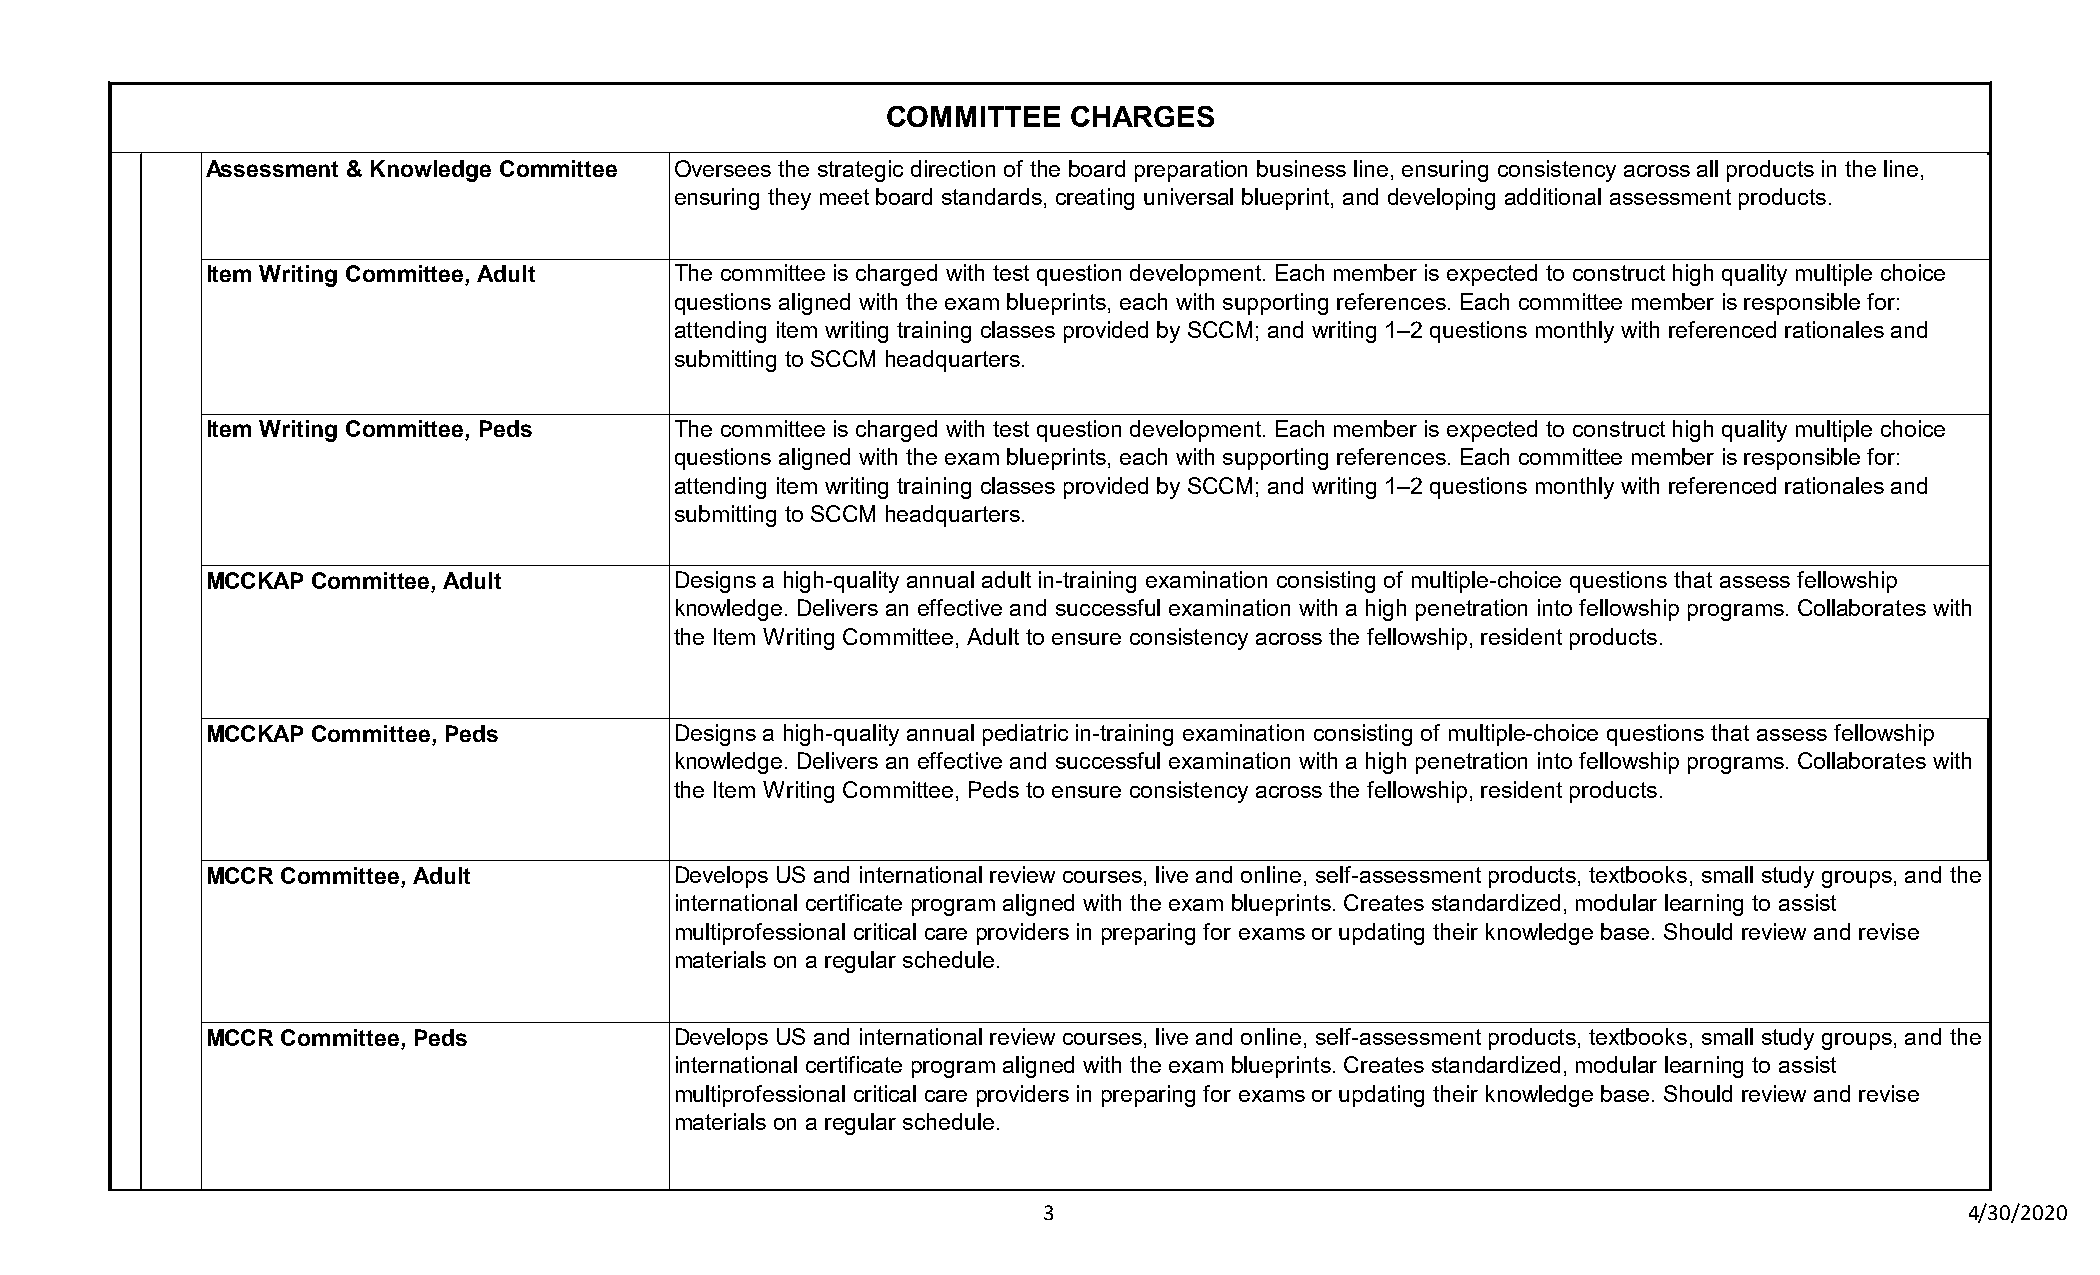
COMMITTEE   CHARGES
 Assessment & Knowledge Committee Oversees the strategic direction of the board preparation business line, ensuring consistency across all products in the line,
 ensuring they meet board standards, creating universal blueprint, and developing additional assessment products.
 Item Writing Committee, Adult  The committee is charged with test question development. Each member is expected to construct high quality multiple choice
 questions aligned with the exam blueprints, each with supporting references. Each committee member is responsible for:
 attending item writing training classes provided by SCCM; and writing 1–2 questions monthly with referenced rationales and
 submitting to SCCM headquarters.
 Item Writing Committee, Peds   The committee is charged with test question development. Each member is expected to construct high quality multiple choice
 questions aligned with the exam blueprints, each with supporting references. Each committee member is responsible for:
 attending item writing training classes provided by SCCM; and writing 1–2 questions monthly with referenced rationales and
 submitting to SCCM headquarters.
 MCCKAP Committee, Adult        Designs a high-quality annual adult in-training examination consisting of multiple-choice questions that assess fellowship
 knowledge. Delivers an effective and successful examination with a high penetration into fellowship programs. Collaborates with
 the Item Writing Committee, Adult to ensure consistency across the fellowship, resident products.
 MCCKAP Committee, Peds         Designs a high-quality annual pediatric in-training examination consisting of multiple-choice questions that assess fellowship
 knowledge. Delivers an effective and successful examination with a high penetration into fellowship programs. Collaborates with
 the Item Writing Committee, Peds to ensure consistency across the fellowship, resident products.
 MCCR Committee, Adult          Develops US and international review courses, live and online, self-assessment products, textbooks, small study groups, and the
 international certificate program aligned with the exam blueprints. Creates standardized, modular learning to assist
 multiprofessional critical care providers in preparing for exams or updating their knowledge base. Should review and revise
 materials on a regular schedule.
 MCCR Committee, Peds           Develops US and international review courses, live and online, self-assessment products, textbooks, small study groups, and the
 international certificate program aligned with the exam blueprints. Creates standardized, modular learning to assist
 multiprofessional critical care providers in preparing for exams or updating their knowledge base. Should review and revise
 materials on a regular schedule.
 3                                                            4/30/2020